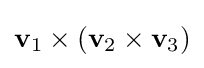
\mathbf {v} _{1}\times \left(\mathbf {v} _{2}\times \mathbf {v} _{3}\right)